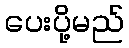
ပေးပို့မည်